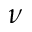
\nu